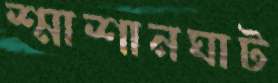
শ্মাশানঘাট